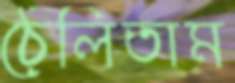
ঠেলিতাম